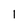
Character: 1